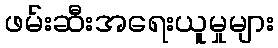
ဖမ်းဆီးအရေးယူမှုများ